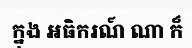
ក្នុង អធិករណ៍ ណា ក៏